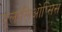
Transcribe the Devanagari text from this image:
यूलालिओप्सिस